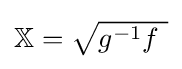
\textstyle \mathbb {X} ={\sqrt {g^{-1}f~}}